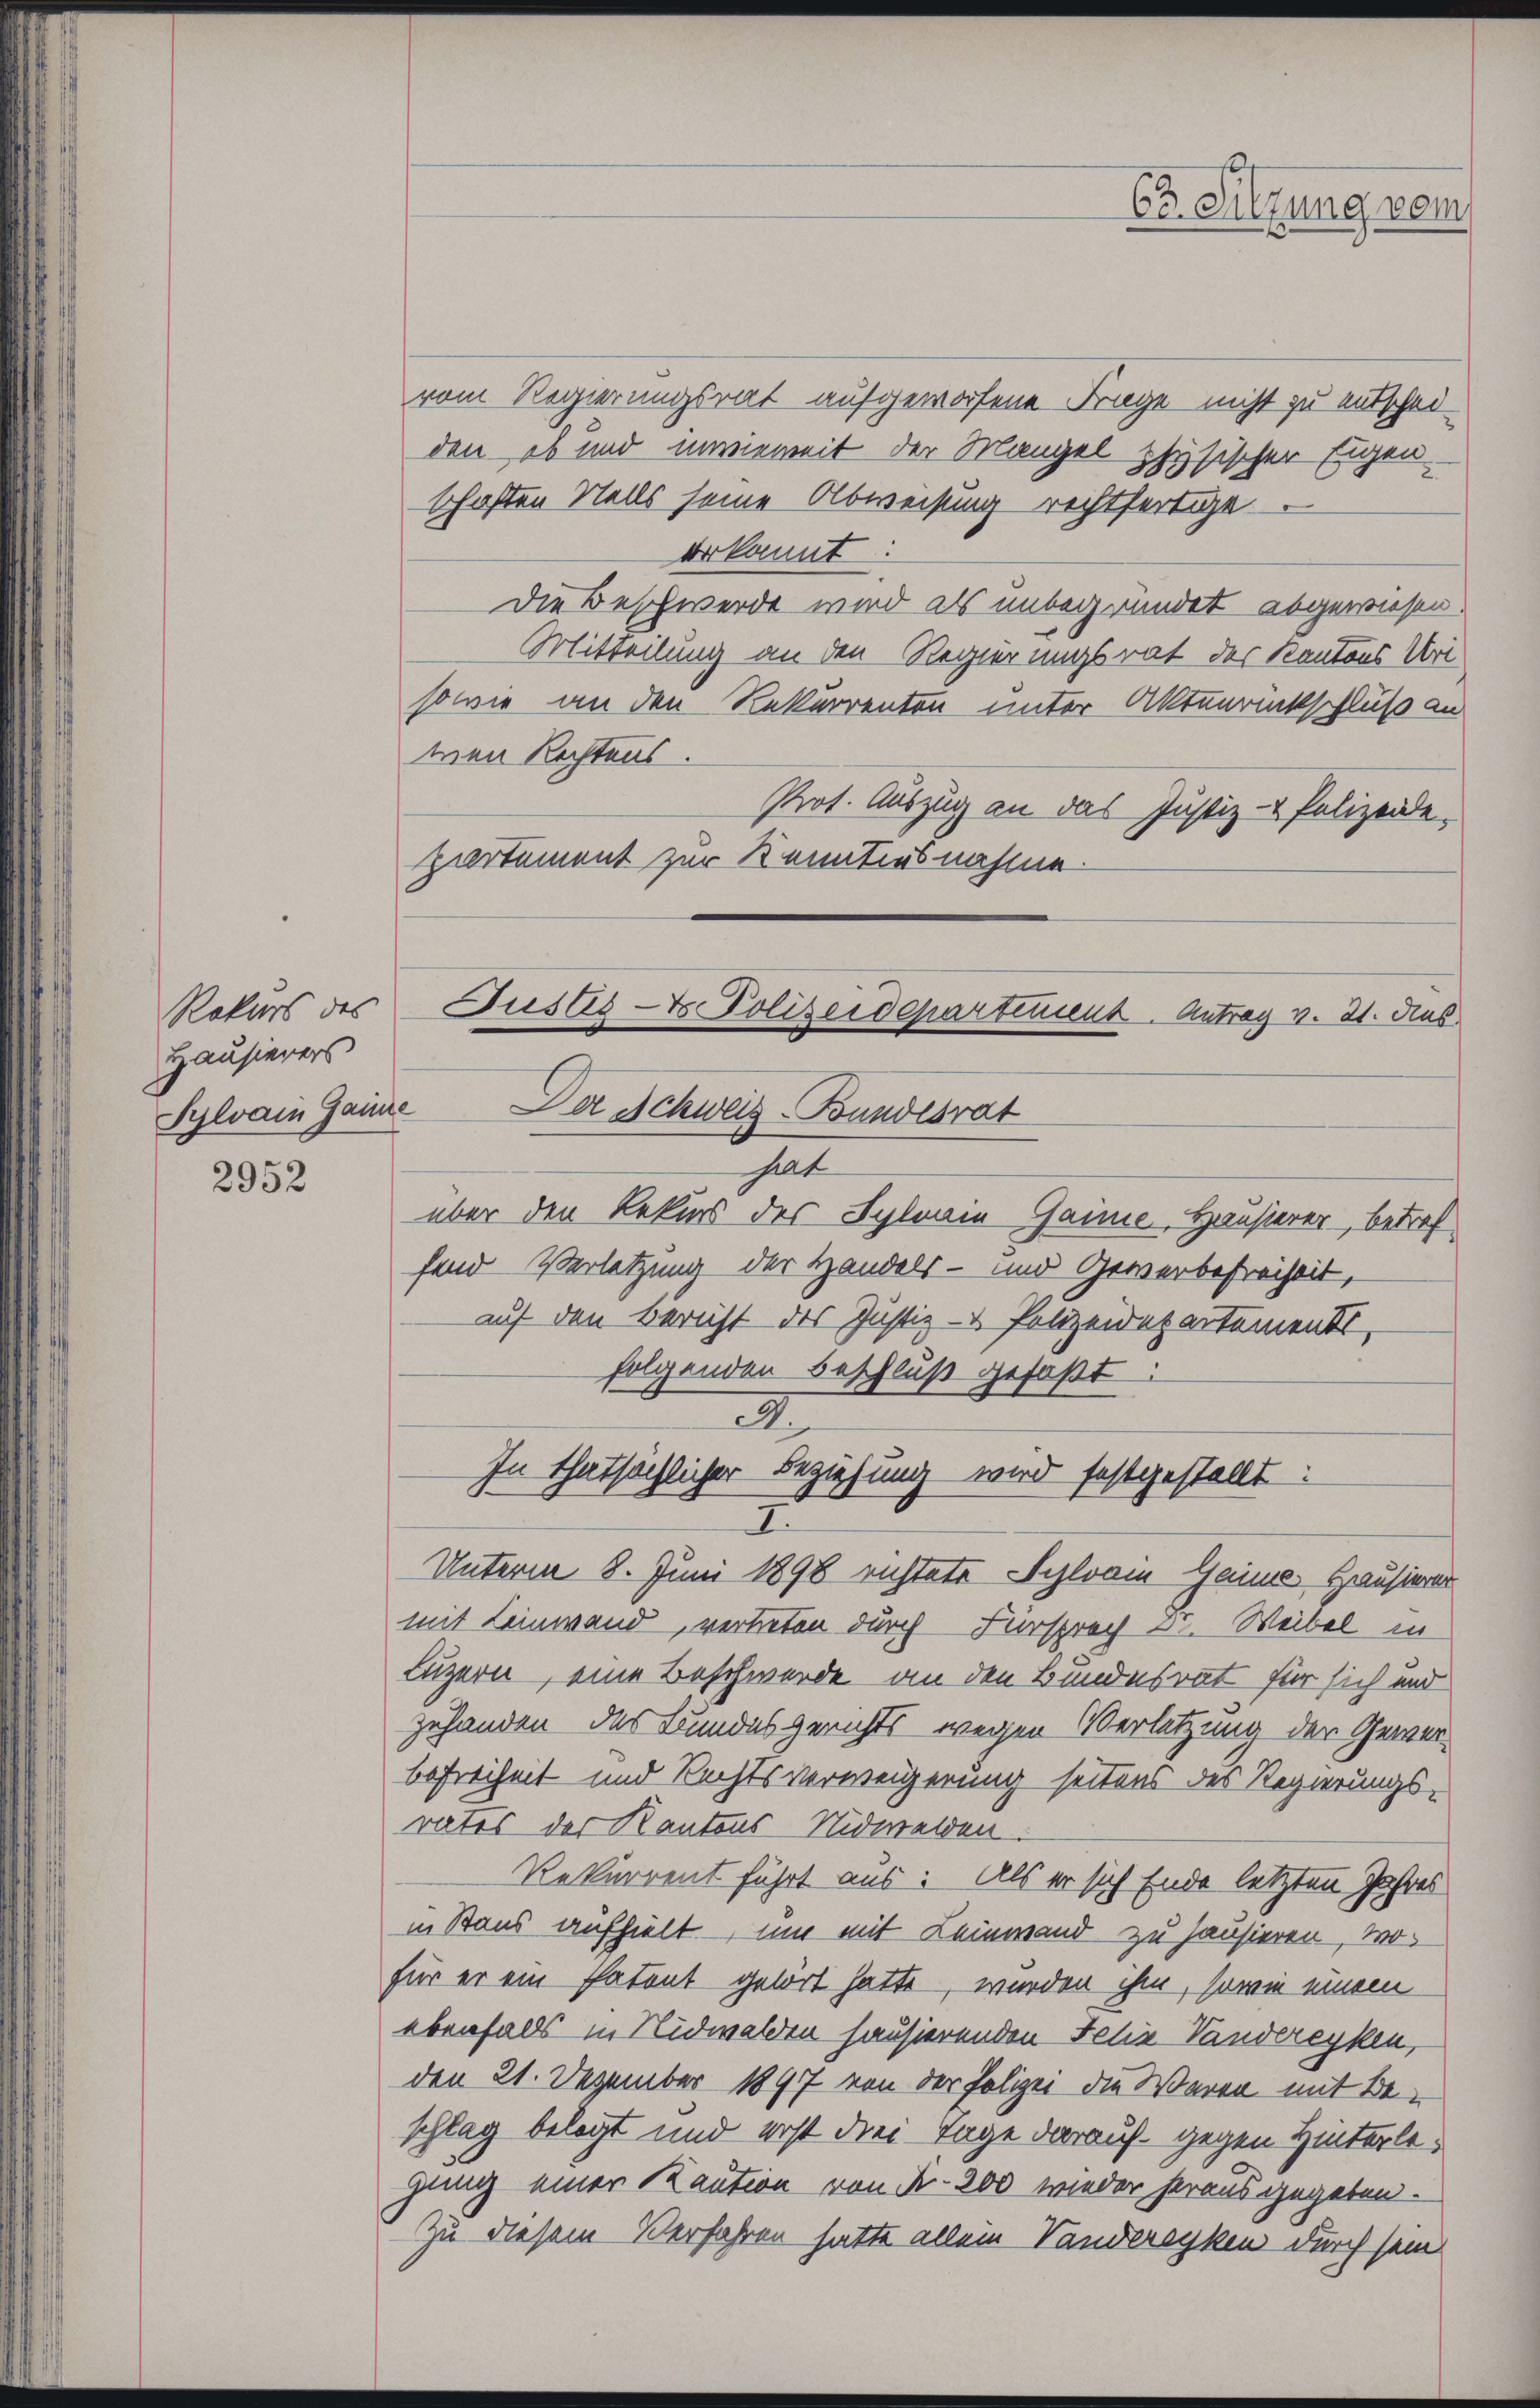
Rekurs des
Hausierers

2952

vom Regierungsrat aufgeworfene Frage nicht zu entschei-
den, ob und unwieweit der Mangel physischer Eigen-
schaften Nalls seine Abweisung rechtfertige
erkannt:
Die Beschwerde wird als unbegründet abgewiesen.
Mitteilung an den Regierungsrat des Kantons Uri¬
sowie an den Rekurrenten unter Aktenrückschluß an
wen Rechtens.
Prot. Auszug an das Justiz- & Polizeide-
partement zur Kenntnisnahme.
Jusas- & Polizeidepartiment. Antrag v. 21. Aus

Sylvain Gaine Der Schweiz-Bundesrat

hat
über den Rekurs des Sylrain Gaime Hausierer betref
fend Verletzung der Handels- und Gewerbefreiheit,
auf den Bericht des Justiz- & Polizeidepartement,
Unterm 8. Juni 1898 richtete Sylvan Gaine Hausierer
mit Leinwand, vertreten durch Fürsprach 5. Weibel in
Luzern, eine Beschwerde an den Bundesrat für sich und
zuhanden des Bundesgerichts wegen Verletzung der Gewerbefreiheit und Rechtsverweigerung seitens des Regierungsrates der Kantons Nidwalden
Rekurrent führt aus: Als er sich Ende letzten Jahres
in Baus aufhielt, um mit Leinwand zu hausieren, wofür er ein Patent gehört hatte, wurden ihm, sowie einem
ebenfalls in Nidwalden hausierenden Felix Vanderecken,
den 21. Dezember 1897 von der Polizei die Waren mit Beschlag belegt und erst die Tage darauf gegen Hinterlegung einer Kaution von Fr. 200 wieder heraus gegeben.
Zu diesem Verfahren hatte allein Vanderecken durch sein

folgenden Beschluß gefaßt:
2
In thatsächlicher Beziehung wird festgestellt:
7

6o Sitzung vom